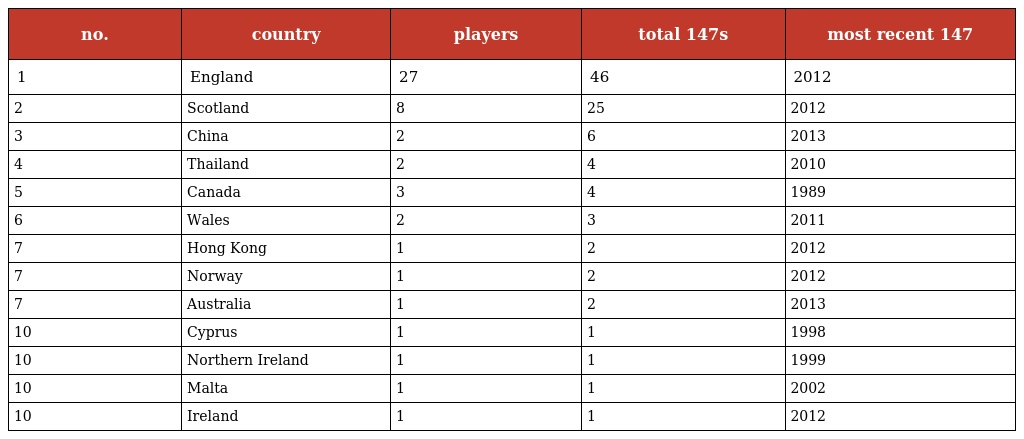
| no. | country | players | total 147s | most recent 147 |
 | --- | --- | --- | --- | --- |
 | 1 | England | 27 | 46 | 2012 |
 | 2 | Scotland | 8 | 25 | 2012 |
 | 3 | China | 2 | 6 | 2013 |
 | 4 | Thailand | 2 | 4 | 2010 |
 | 5 | Canada | 3 | 4 | 1989 |
 | 6 | Wales | 2 | 3 | 2011 |
 | 7 | Hong Kong | 1 | 2 | 2012 |
 | 7 | Norway | 1 | 2 | 2012 |
 | 7 | Australia | 1 | 2 | 2013 |
 | 10 | Cyprus | 1 | 1 | 1998 |
 | 10 | Northern Ireland | 1 | 1 | 1999 |
 | 10 | Malta | 1 | 1 | 2002 |
 | 10 | Ireland | 1 | 1 | 2012 |